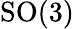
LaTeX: \mathrm{SO}(3)